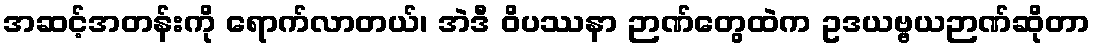
အဆင့်အတန်းကို ရောက်လာတယ်၊ အဲဒီ ဝိပဿနာ ဉာဏ်တွေထဲက ဥဒယဗ္ဗယဉာဏ်ဆိုတာ